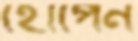
হোপেন